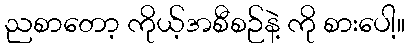
ညစာတော့ ကိုယ့်အစီစဉ်နဲ့ ကို စားပေါ့။